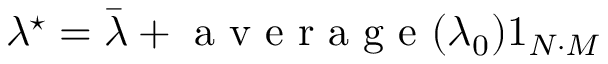
\lambda ^ { \star } = \bar { \lambda } + \mathrm { ~ a ~ v ~ e ~ r ~ a ~ g ~ e ~ } ( \lambda _ { 0 } ) 1 _ { N \cdot M }